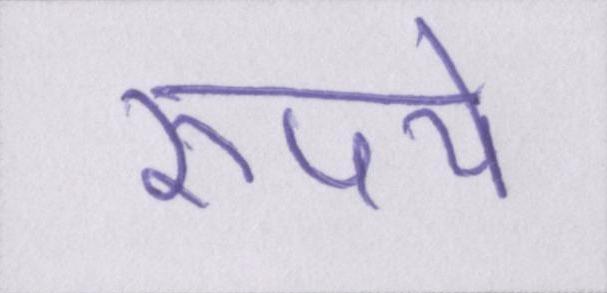
रुपये